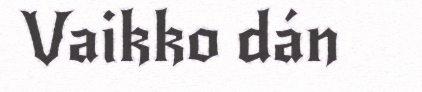
Vaikko dán